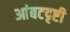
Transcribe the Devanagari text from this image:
आंबटदृष्टी